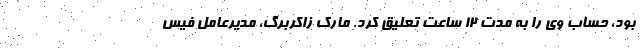
بود، حساب وی را به مدت ۱۲ ساعت تعلیق کرد. مارک زاکربرگ، مدیرعامل فیس